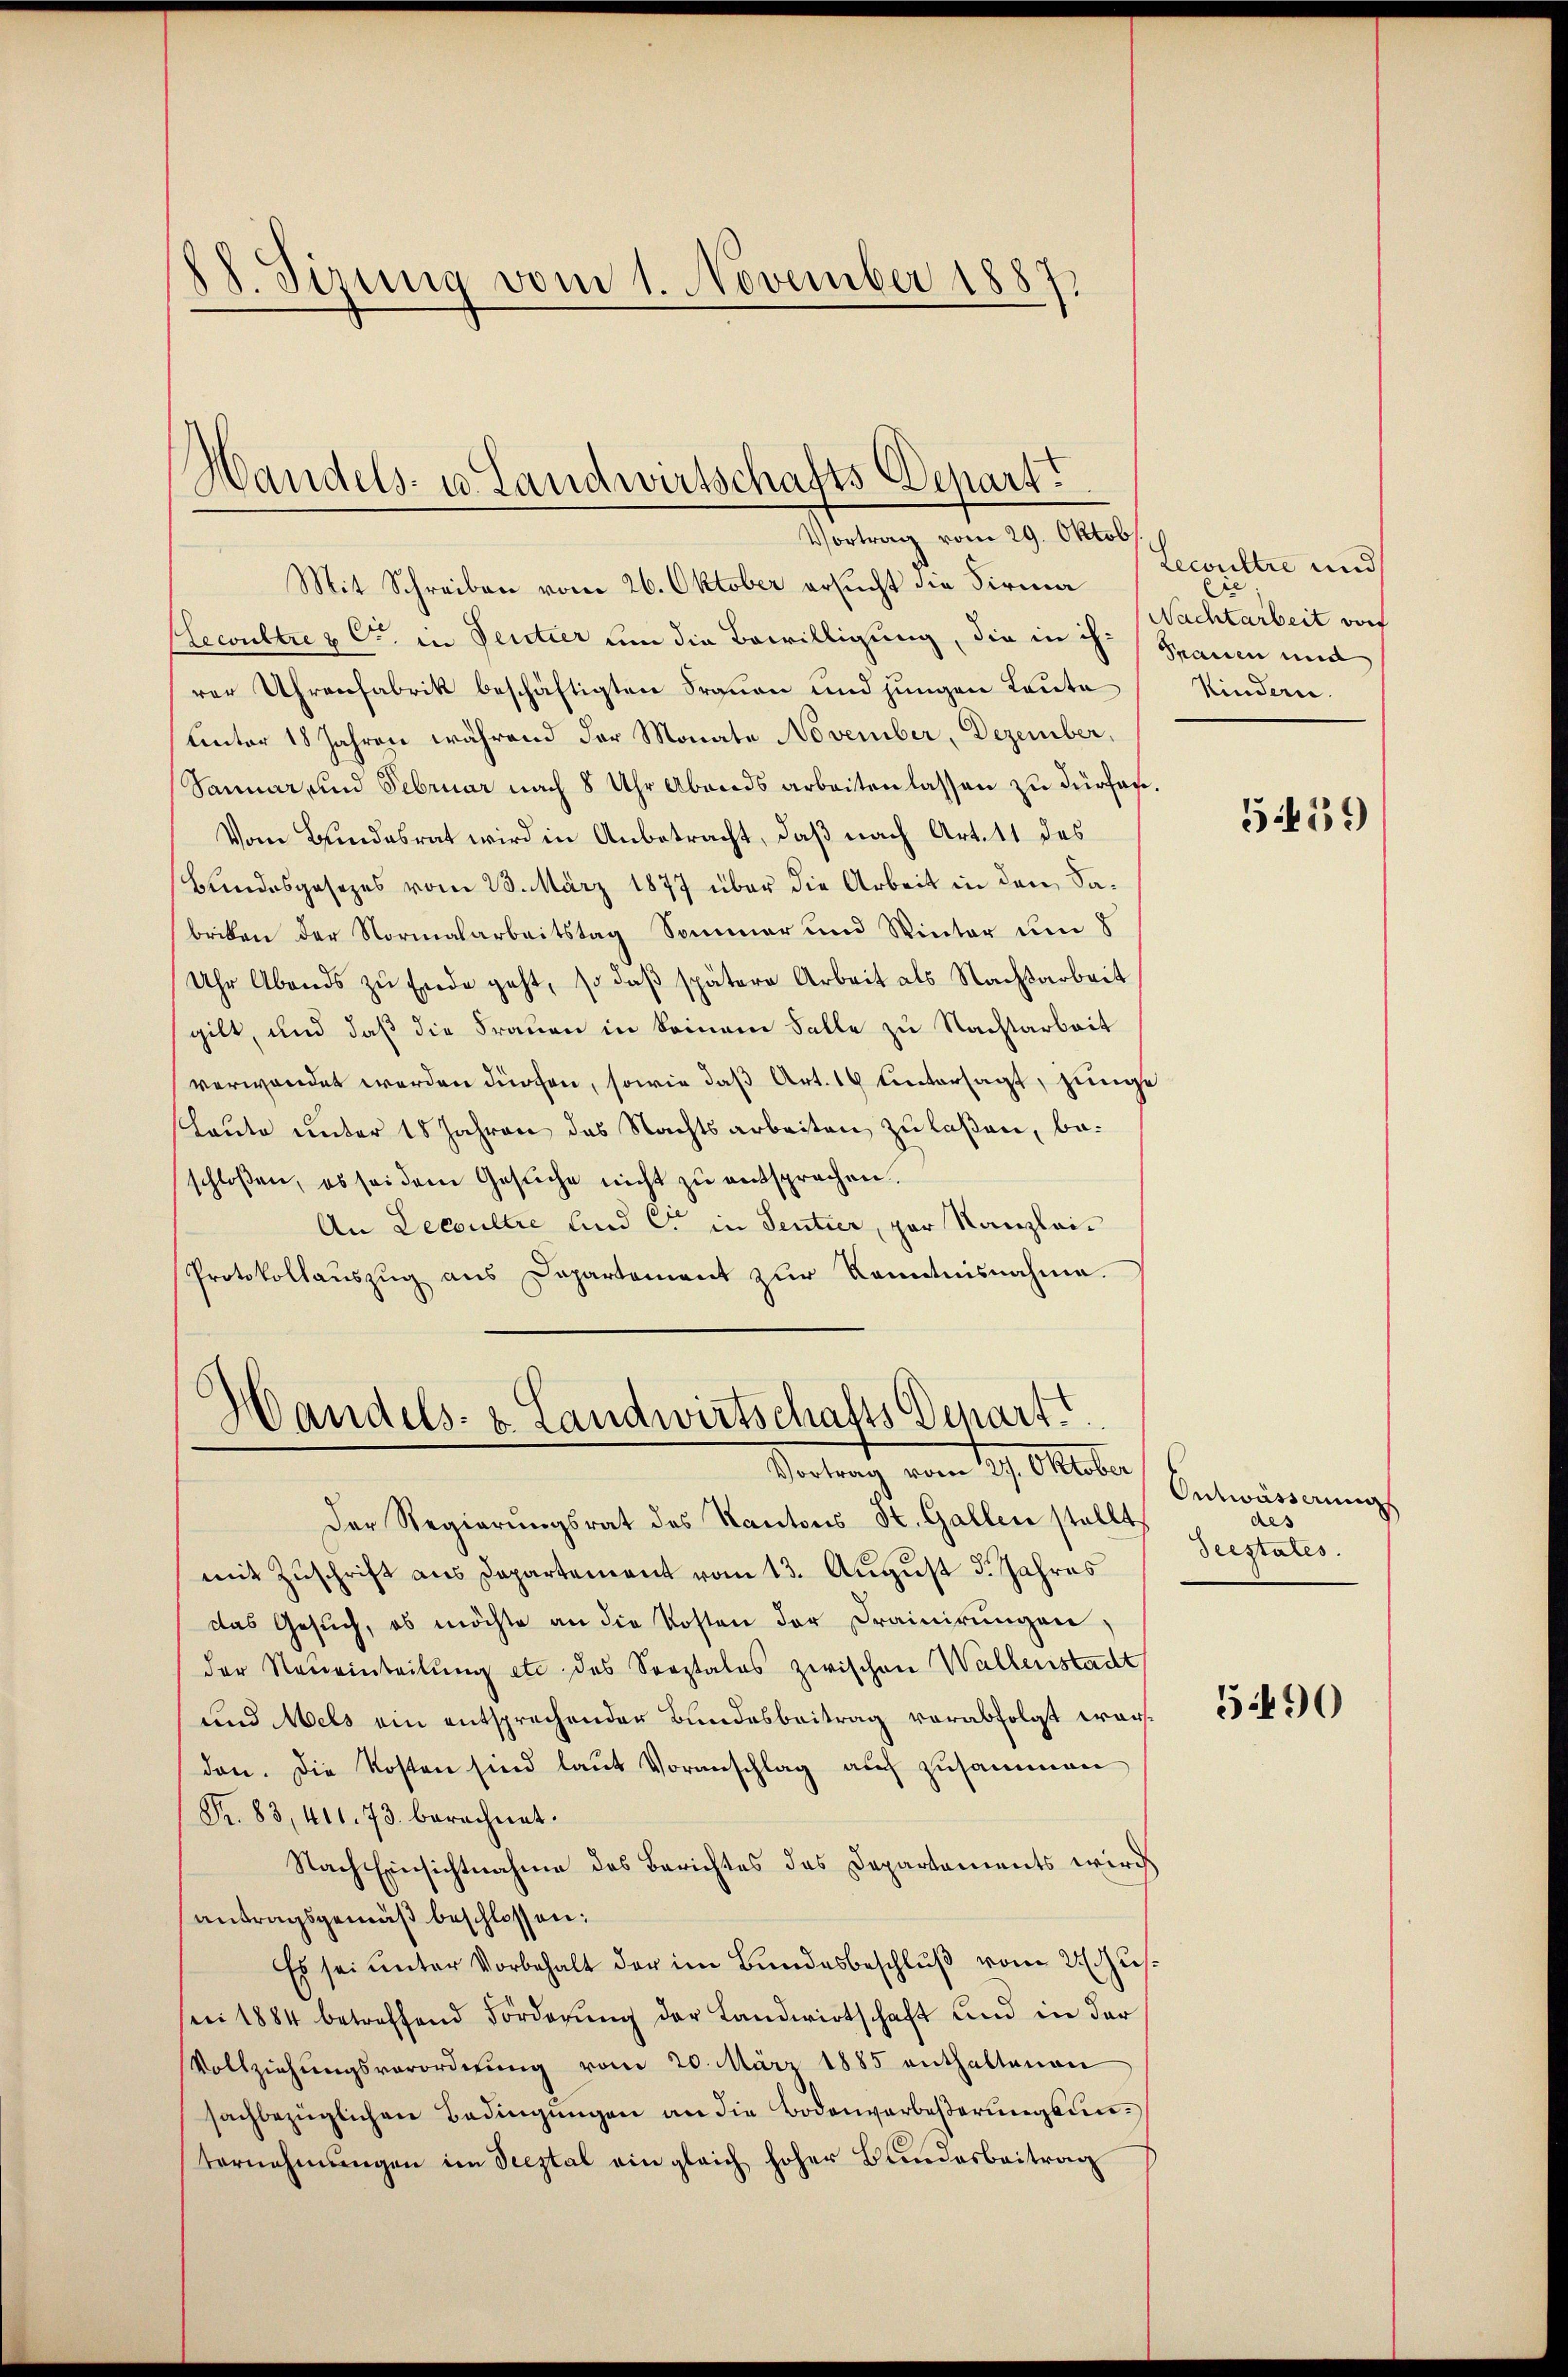
88. Sizung vom 1. November 1887,

Handels- u. Landwirtschafts Depart.
Vortrag vom 29. Oktob.

Mit Schreiben vom 26. Oktober ersucht die Firma
lecultre u Ctr. in Ventier um die Bewilligung, die in ihr Spanen und
rer Uhrenfabrik beschäftigten Frauen und jungen Leute
unter 18 Jahren während der Monate November, Dezember,
Sanuar, und Februar nach 8 Uhr Abends arbeiten lassen zu dürfen.
Vom Bundesrat wird in Anbetracht, daß nach Art. 11 des
Bundesgesezes vom 23. März 1877 über die Arbeit in den Sabriken der Normalarbeitstag Sommer und Winter um 8
Uhr Abends zu Ende geht, so daβ spätere Arbeit als Nachsarbeit
gilt, und daß die Frauen in keinem Falle zu Nachtarbeit
verwendet werden dürfen, sowie daß Art. 19 Untersagt, junge
Laute unter 18 Jahren das Nachtsarbeiten zu laßen, beschloßen, es sei dem Gesuche nicht zu entsprochen.
An Lecoultre und C in Sentier, par Kanzlei¬
Protokollauszug aus Departement zur Kenntnisnahme.

Handels- & Landwirtschafts Depart
Vortrag vom 27. Oktober

Der Regierŭngsrat des Kantons St. Gallen stellt,
mit Zuschrift aus Departement vom 13. August d. Jahres
das Gesŭch, ob möchte an die Kosten der Drainirŭngen,
der Neueinteilung etc das Seestales zwischen Wallenstadt
und Mels ein entsprechender Bundesbeitrag verabfolgt worden. Die Kosten sind laut Voranschlag auch zusammen
Fr. 83, 411. 73. berechnet.
Nach Einsichtnahme des Berichtes des Departements wird
antragsgemäß beschlossen:
Es sei unter Vorbehalt der im Bundesbeschluß vom 21. Jus
(i 1884 betreffend Förderung der Landwirtschaft und in der
Vollziehŭngsverordnŭng vom 20. März 1885 enthaltenen
sachbezüglichen Bedingungen an die Bodenverbeßerungsunternehmungen im Seestal ein gleich hoher Bundesbeitrag

Lecoultre und
Cie
Nachtarbeit wor
Kindern.

559

Ontwässerung
des |
deestates.

5490